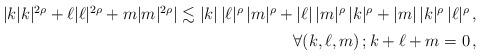
LaTeX: \begin{align*}\begin{array}[t]{r}|k|k|^{2\rho}+\ell|\ell|^{2\rho}+m|m|^{2\rho}|\lesssim |k|\,|\ell|^{\rho}\,|m|^\rho+|\ell|\,|m|^{\rho}\,|k|^\rho+|m|\,|k|^{\rho}\,|\ell|^\rho\,,\\ [5pt]\forall (k,\ell,m)\,;k+\ell+m=0\,,\end{array}\end{align*}